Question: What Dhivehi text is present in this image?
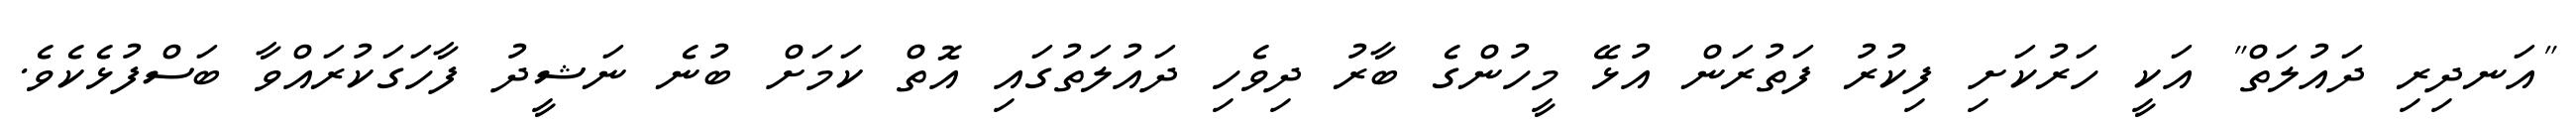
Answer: "އަނދިރި ދައުލަތް" އަކީ ހަރުކަށި ފިކުރު ފަތުރަން އުޅޭ މީހުންގެ ބާރު ދިވެހި ދައުލަތުގައި އޮތް ކަމަށް ބުނެ ނަޝީދު ފާހަގަކުރައްވާ ބަސްފުޅެކެވެ.